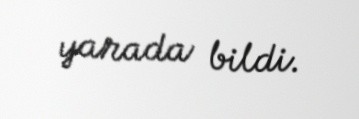
yarada bildi.